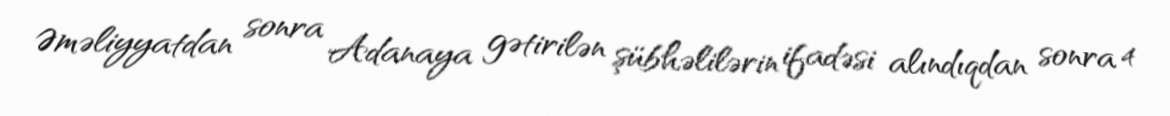
Əməliyyatdan sonra Adanaya gətirilən şübhəlilərin ifadəsi alındıqdan sonra 4